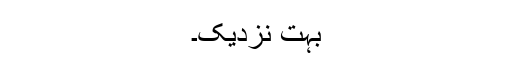
بہت نزدیک۔